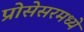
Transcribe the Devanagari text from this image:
प्रोसेसरमध्ये